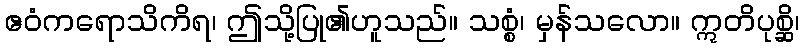
ဧဝံကရောသိကိရ၊ ဤသို့ပြု၏ဟူသည်။ သစ္စံ၊ မှန်သလော။ ဣတိပုစ္ဆိ၊